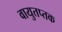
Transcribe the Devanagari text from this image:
वायुतप्तक